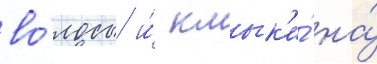
во́лосы и́ клык'и́ на́